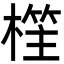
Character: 樦